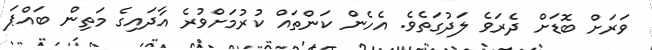
ވަރަށް ބޮޑަށް ދެރަވެ ލަދުގަތެވެ. އެހެން ކަންތައް ކުރުމަށްވުރެ އާދައިގެ މަތިން ބައްޕަ